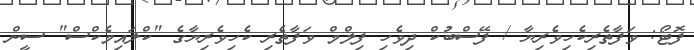
ފޮޓޯ: ވަފާތެރިކެހިވެރިޔާ / ފޭސްބުކް ދިވެހި ފިލްމް ވަފާތެރި ކެހިވެރިޔާގެ "ކްލައިމެކްސް" ސީން